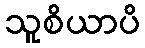
သူစိယာပိ